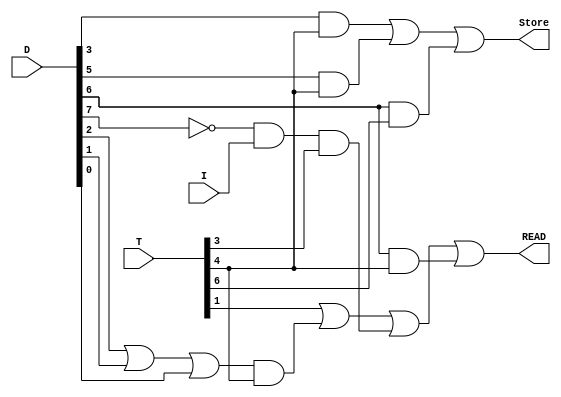
`timescale 1ns / 1ps
//////////////////////////////////////////////////////////////////////////////////
// Company: 
// Engineer: 
// 
// Design Name: 
// Module Name: RAM_CONTROL
// Project Name: 
// Target Devices: 
// Tool Versions: 
// Description: 
// 
// Dependencies: 
// 
// Revision:
// Revision 0.01 - File Created
// Additional Comments:
// 
//////////////////////////////////////////////////////////////////////////////////


module RAM_CONTROL(
Store, READ, T, D, I);



	input  I;
	input [7:0] T, D;
	output Store, READ;

	wire Dn7;
	wire A1, A2, A3, A4, A8, A9,A10,A11;

	assign Dn7 = ~D[7];

	assign A1 =  T[1];
	assign A2 = Dn7 & I & T[3];
	assign A3 = D[3] & T[4];
	assign A4 = D[5] & T[4];
	assign A9 = D[2] | D[1] | D[0];
	assign A8 = A9 & T[4];
	assign A10= D[6] & T[4] ;
	assign A11 = D[6] & T[6] ;
	
	assign Store = A3 | A4  | A11;
	assign READ = A1 | A8 | A2|A10;

endmodule